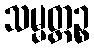
သမ္မတ္တဉ္စ